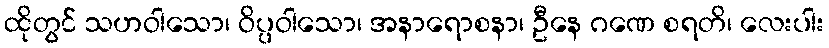
ထိုတွင် သဟဝါသော၊ ဝိပ္ပဝါသော၊ အနာရောစနာ၊ ဦနေ ဂဏေ စရတိ၊ လေးပါး